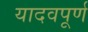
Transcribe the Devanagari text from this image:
यादवपूर्ण